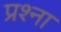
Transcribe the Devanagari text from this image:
प्रश्ना